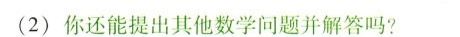
(2)你还能提出其他数学问题并解答吗?